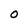
Character: 0